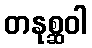
တနုစ္ဆဝါ